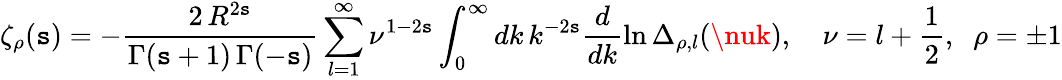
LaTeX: \zeta_{\rho}(\mathtt{s})=-\frac{{2\, R^{2\mathtt{s}}}}{{\Gamma(\mathtt{s}+1)\, \Gamma(-\mathtt{s})}}\sum_{l=1}^{\infty}\nu^{1-2\mathtt{s}}\int_{0}^{\infty}dk\, k^{-2\mathtt{s}}\frac{{d}}{{dk}}\ln\Delta_{\rho,l}(\nuk),\quad\nu=l+\frac{{1}}{{2}},\; \; \rho=\pm1